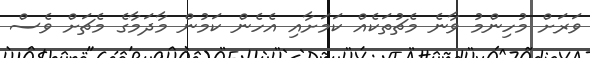
ވަރަށް މުހިންމު ވާނެ މެޗުތަކެއް ކަމަށާއި އެހެން ކަމުން މާދަމާގެ މެޗަށް ވެސް